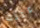
عليك